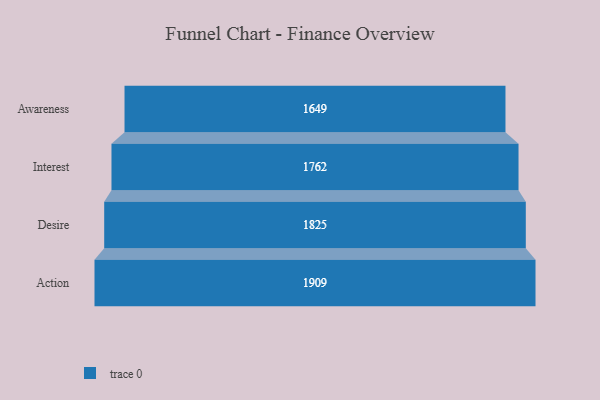
{"axis": {"x": "Stage", "y": "Value"}, "legend": [""], "data": [{"x": "Awareness", "y": 1649.0, "type": ""}, {"x": "Interest", "y": 1762.0, "type": ""}, {"x": "Desire", "y": 1825.0, "type": ""}, {"x": "Action", "y": 1909.0, "type": ""}]}